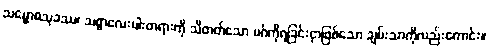
သမ္ဗောဓသုခဿ၊ သစ္စာလေးပါးတရားကို သိတတ်သော မဂ်ကိုရခြင်းငှာဖြစ်သော ချမ်းသာကိုလည်းကောင်း။